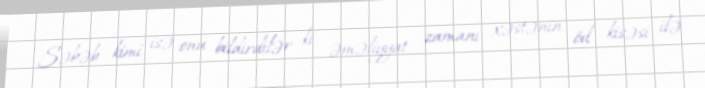
Səbəb kimi isə onu bildirdilər ki, əməliyyat zamanı xəstənin öd kisəsi ilə